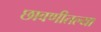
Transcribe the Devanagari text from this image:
छावणीतल्या